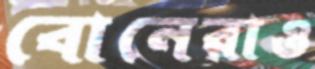
বোনেরাও